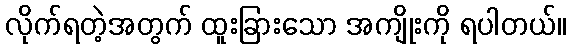
လိုက်ရတဲ့အတွက် ထူးခြားသော အကျိုးကို ရပါတယ်။